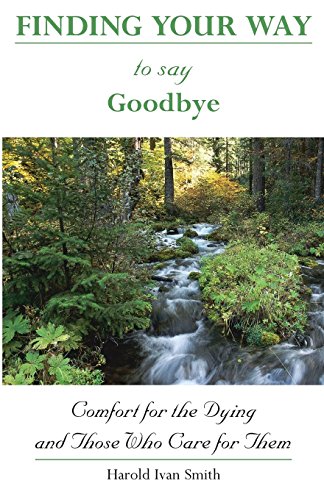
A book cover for Finding Your Way to Say Goodbye: Comfort for the Dying and Those Who Care for Them; Harold Ivan Smith; Christian Books & Bibles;